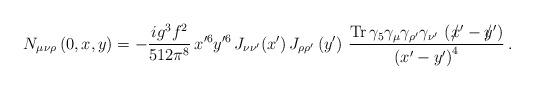
LaTeX: \begin{align*} N_{\mu \nu \rho} \left(0, x, y \right) = -\frac{i g^3 f^2} {512\pi^8}\, x'^{6}y'^{6} \,J_{\nu\nu'}(x')\,J_{\rho \rho'}\left({y'}\right)\, \frac {{\rm Tr}\, \gamma_{5} \gamma_{\mu} \gamma_{\rho'} \gamma_{\nu'}\, \left(/\hspace{-2mm}x' - /\hspace{-2mm}y' \right)} {\left( x' - y' \right)^4}\, .\end{align*}